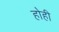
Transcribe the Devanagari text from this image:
होही